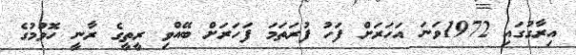
އިރާގުގައި 1972ވަނަ އަހަރަށް ފަހު ފުރަތަމަ ފަހަރަށް ބޭއްވި ރީތީގެ ރާނީ ހޮވުމުގެ